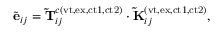
\tilde { \mathbf { e } } _ { i j } = \mathbf { \widetilde { T } } _ { i j } ^ { c ( \mathrm { v t , e x , c t 1 , c t 2 } ) } \cdot \mathbf { \widetilde { K } } _ { i j } ^ { ( \mathrm { v t , e x , c t 1 , c t 2 } ) } ,